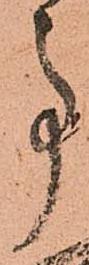
事